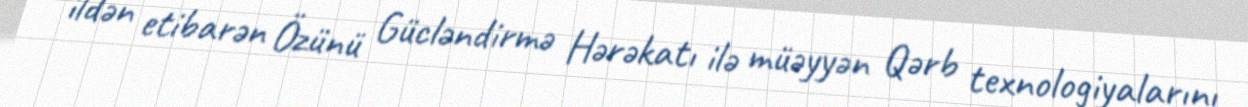
ildən etibarən Özünü Gücləndirmə Hərəkatı ilə müəyyən Qərb texnologiyalarını